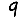
Digit: 9